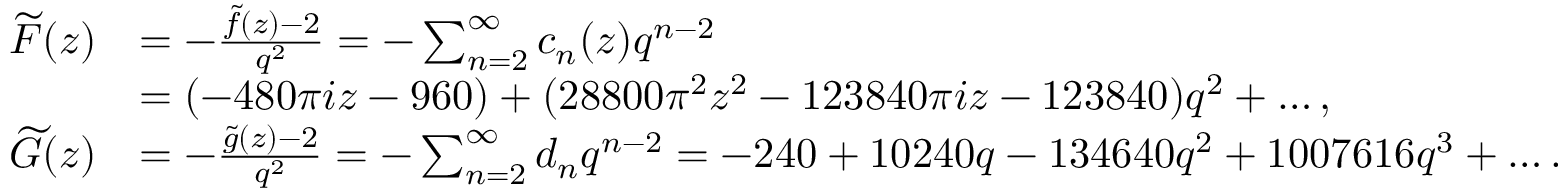
\begin{array} { r l } { \widetilde { F } ( z ) } & { = - \frac { \widetilde { f } ( z ) - 2 } { q ^ { 2 } } = - \sum _ { n = 2 } ^ { \infty } c _ { n } ( z ) q ^ { n - 2 } } \\ & { = ( - 4 8 0 \pi i z - 9 6 0 ) + ( 2 8 8 0 0 \pi ^ { 2 } z ^ { 2 } - 1 2 3 8 4 0 \pi i z - 1 2 3 8 4 0 ) q ^ { 2 } + \ldots , } \\ { \widetilde { G } ( z ) } & { = - \frac { \widetilde { g } ( z ) - 2 } { q ^ { 2 } } = - \sum _ { n = 2 } ^ { \infty } d _ { n } q ^ { n - 2 } = - 2 4 0 + 1 0 2 4 0 q - 1 3 4 6 4 0 q ^ { 2 } + 1 0 0 7 6 1 6 q ^ { 3 } + \ldots . } \end{array}